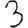
Digit: 3